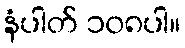
နံပါတ် ၁၀၈ပါ။